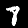
Digit: 8